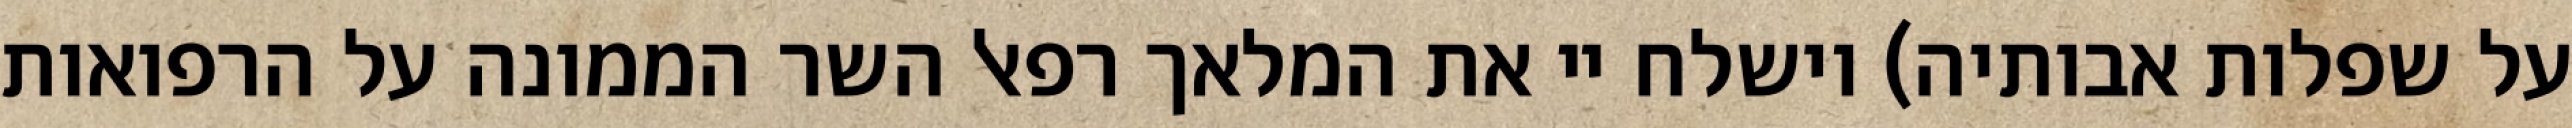
על שפלות אבותיה) וישלח יי את המלאך רפאל השר הממונה על הרפואות